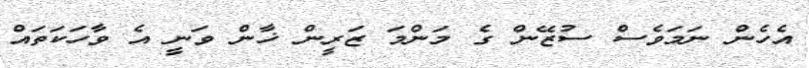
އެހެން ނަމަވެސް ސުޒޭން ގެ މަންމަ ޒަރީން ޚާން ވަނީ އެ ވާހަކަތައް